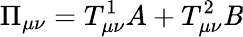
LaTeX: \Pi_{\mu\nu}=T_{\mu\nu}^{1}A+T_{\mu\nu}^{2}\mathit{B}